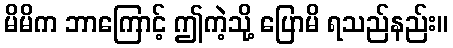
မိမိက ဘာကြောင့် ဤကဲ့သို့ ပြောမိ ရသည်နည်း။